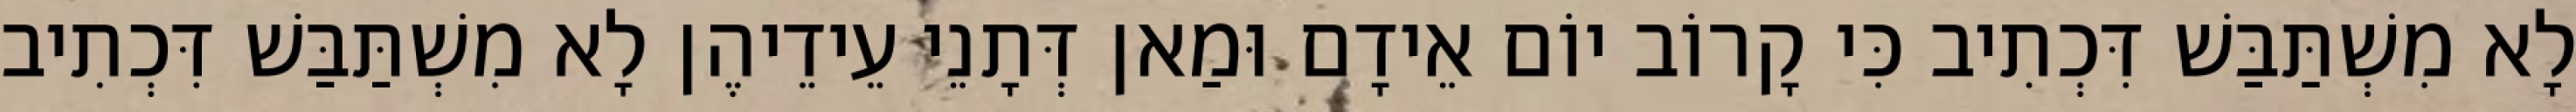
לָא מִשְׁתַּבַּשׁ דִּכְתִיב כִּי קָרוֹב יוֹם אֵידָם וּמַאן דְּתָנֵי עֵידֵיהֶן לָא מִשְׁתַּבַּשׁ דִּכְתִיב